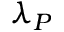
\lambda _ { P }